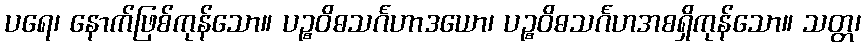
ပရေ၊ နောက်ဖြစ်ကုန်သော။ ပဉ္စဝိဓသင်္ဂဟာဒယော၊ ပဉ္စဝိဓသင်္ဂဟအစရှိကုန်သော။ သတ္တ၊